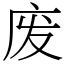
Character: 废